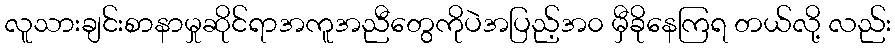
လူသားချင်းစာနာမှုဆိုင်ရာအကူအညီတွေကိုပဲအပြည့်အ၀ မှီခိုနေကြရ တယ်လို့ လည်း